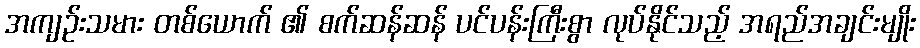
အကျဉ်းသမား တစ်ယောက် ၏ စက်ဆန်ဆန် ပင်ပန်းကြီးစွာ လုပ်နိုင်သည့် အရည်အချင်းမျိုး